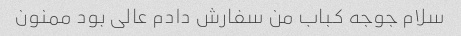
سلام جوجه کباب من سفارش دادم عالی بود ممنون